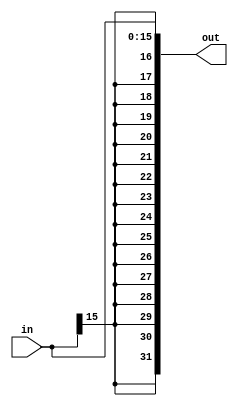
`timescale 1ns / 1ps
//////////////////////////////////////////////////////////////////////////////////
// Company: 
// Engineer: 
// 
// Design Name: 
// Module Name: sign_ext
// Project Name: 
// Target Devices: 
// Tool Versions: 
// Description: 
// 
// Dependencies: 
// 
// Revision:
// Revision 0.01 - File Created
// Additional Comments:
// 
//////////////////////////////////////////////////////////////////////////////////


module sign_ext(out, in);
    parameter word = 32;
    parameter half_word = 16;
    
    input [half_word - 1:0] in;
    output [word - 1:0] out;
    
    assign out = {{half_word{in[half_word-1]}}, in};
endmodule